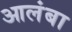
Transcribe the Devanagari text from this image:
आलंबा